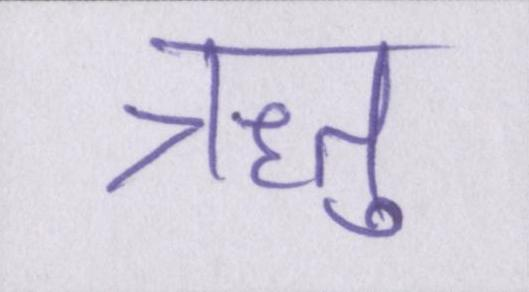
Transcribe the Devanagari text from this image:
ऋतु